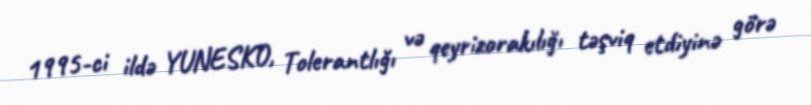
1995-ci ildə YUNESKO, Tolerantlığı və qeyrizorakılığı təşviq etdiyinə görə